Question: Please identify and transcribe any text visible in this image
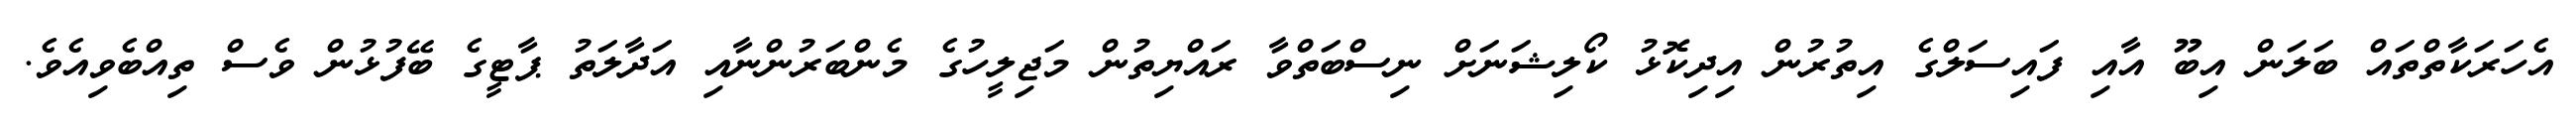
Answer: އެހަރަކާތްތައް ބަލަން އިބޫ އާއި ފައިސަލްގެ އިތުރުން އިދިކޮޅު ކޯލިޝަނަށް ނިސްބަތްވާ ރައްޔިތުން މަޖިލީހުގެ މެންބަރުންނާއި އަދާލަތު ޕާޓީގެ ބޭފުޅުން ވެސް ތިއްބެވިއެވެ.